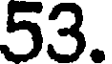
53.